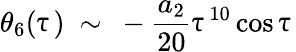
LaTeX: \theta_{6}(\uptau)\ \sim\ -\frac{a_{2}}{20}\uptau^{10}\cos\uptau